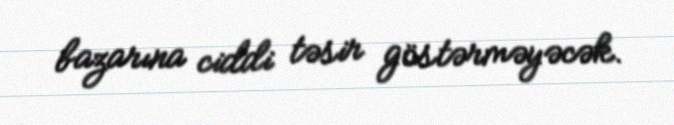
bazarına ciddi təsir göstərməyəcək.